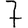
Digit: 7